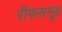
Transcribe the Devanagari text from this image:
रीफसमूह